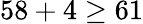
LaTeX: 58+4\geq 61